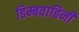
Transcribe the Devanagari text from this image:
डिम्बवाहिनी